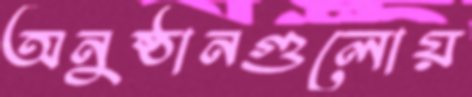
অনুষ্ঠানগুলোয়